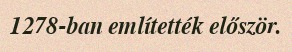
1278-ban említették először.